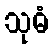
သုဓံ